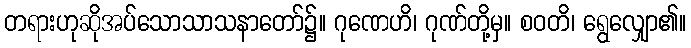
တရားဟုဆိုအပ်သောသာသနာတော်၌။ ဂုဏေဟိ၊ ဂုဏ်တို့မှ။ စဝတိ၊ ရွေလျှော၏။